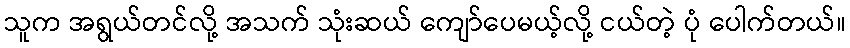
သူက အရွယ်တင်လို့ အသက် သုံးဆယ် ကျော်ပေမယ့်လို့ ငယ်တဲ့ ပုံ ပေါက်တယ်။